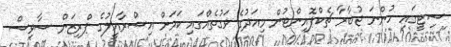
ސިޓީގައި ހުންނަ ޖުބާރާ ޗެކްޕޮއިންޓުން މިއަދުގެ ވަގުތެއްގައި ކަމަށް އިސްރާއީލުގެ ޕްރިޒަން ސާވިސް